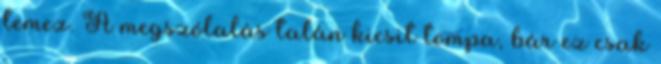
lemez. A megszólalás talán kicsit tompa, bár ez csak